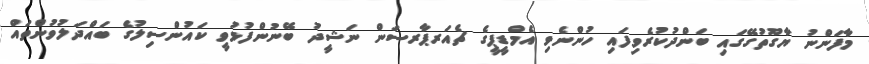
މާފަންނު ޔާގޫތުގޭގައި ބަންދުކުރެވިފައި ހުންނެވި އެމްޑީޕީގެ ޗެއަރޕާރސަން ނަޝީދު ބޭނުންފުޅުވީ ކައުންސިލުގެ ބައްދަލުވުންތައް